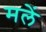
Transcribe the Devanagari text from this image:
मलें